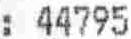
: 44795